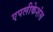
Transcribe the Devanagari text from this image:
एपलीकेशंस